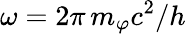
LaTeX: \omega=2\pi\, m_{\varphi}c^{2}/h